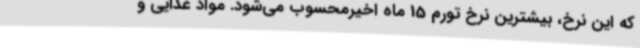
که این نرخ، بیشترین نرخ تورم 15 ماه اخیرمحسوب می‌شود. مواد غذایی و